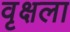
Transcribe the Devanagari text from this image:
वृक्षला